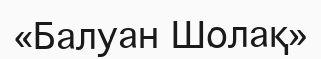
«Балуан Шолақ»